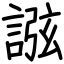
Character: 誸